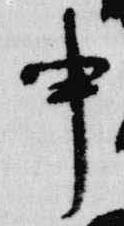
申